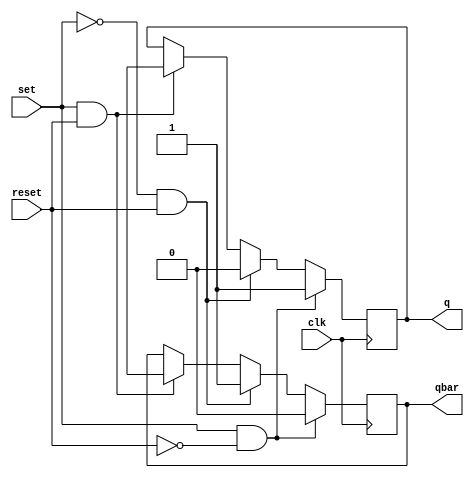
module edge_triggered_sr_ff (
    input wire clk, // Clock signal
    input wire set, // Set input
    input wire reset, // Reset input
    output reg q, // Output Q
    output reg qbar // Output Qbar
);

// Edge-triggered SR flip-flop behavior
always @(posedge clk) begin
    if (set && !reset) begin
        q <= 1'b1; // Set Q to high
        qbar <= 1'b0; // Set Qbar to low
    end else if (!set && reset) begin
        q <= 1'b0; // Set Q to low
        qbar <= 1'b1; // Set Qbar to high
    end else if (set && reset) begin
        q <= 1'bx; // Indeterminate state
        qbar <= 1'bx; // Indeterminate state
    end else begin
        // No change on Q and Qbar
    end
end

endmodule